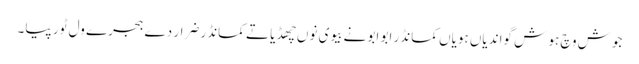
جوش وچ ہو ش گواندیاں ہویاں کمانڈر ابو ابو نے بیوی نوں چھڈیا تے کمانڈر ضرار دے ہجرے ول ٹور پیا۔